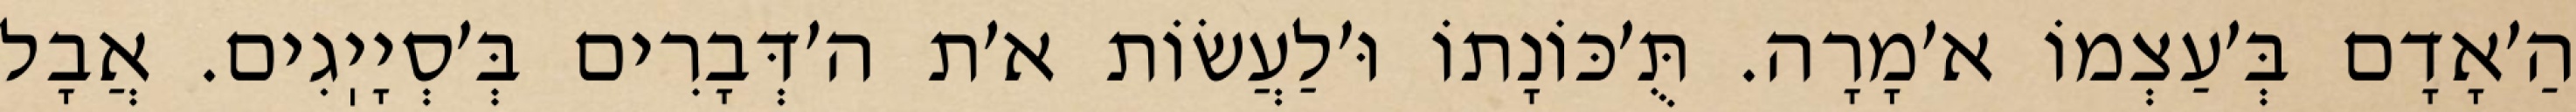
הַ׳אָדָם בְּ׳עַצְמוֹ א׳מָרָה. תֻּ׳כּוֹנָתוֹ וּ׳לַעֲשׂוֹת א׳ת ה׳דְּבָרִים בְּ׳סְיָיֽגִים. אֲבָל